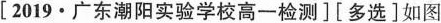
[2019·广东潮阳实验学校高一检测][多选]如图